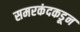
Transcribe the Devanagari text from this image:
समरकंदकडून